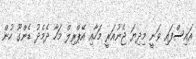
އައިސްފައި ވަނީ މިދިޔަ ޖެނުއަރީ މަހާއި އޭޕްރިލް މަހާ ދެމެދު ޑެންގޫ ހުން